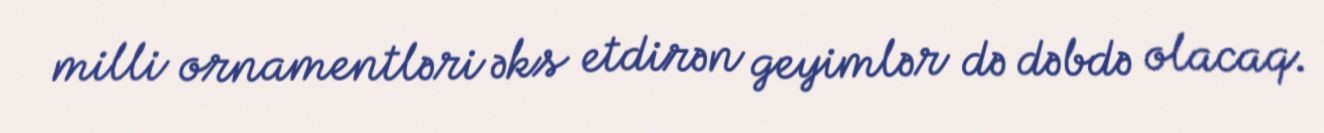
milli ornamentləri əks etdirən geyimlər də dəbdə olacaq.